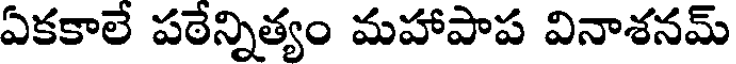
ఏకకాలే పఠేన్నిత్యం మహాపాప వినాశనమ్